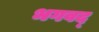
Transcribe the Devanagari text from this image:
भगवद्‍